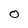
Character: O